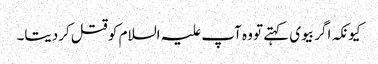
کیونکہ اگر بیوی کہتے تو وہ آپ علیہ السلام کو قتل کردیتا۔